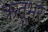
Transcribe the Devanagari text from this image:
ऋतूभर